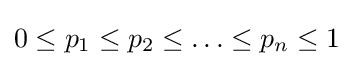
0\leq p_{1}\leq p_{2}\leq \ldots \leq p_{n}\leq 1